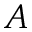
A